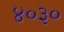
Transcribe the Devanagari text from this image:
४०३०